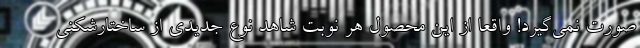
صورت نمی‌گیرد! واقعا از این محصول هر نوبت شاهد نوع جدیدی از ساختارشکنی